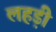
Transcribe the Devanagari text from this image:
लहड़ी